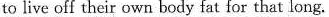
to live off their own body fat for that long.